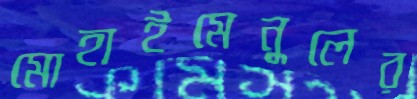
মোহাইমেনুলের